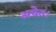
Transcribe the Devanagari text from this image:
अचेत।